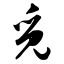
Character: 觅